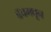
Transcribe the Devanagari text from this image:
बॅचमधून